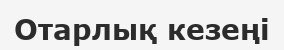
Отарлық кезеңі